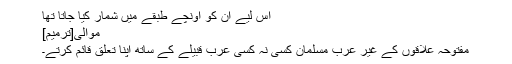
اس لیے ان کو اونچے طبقے میں شمار کیا جاتا تھا
موالی[ترمیم]
مفتوحہ علاقوں کے غیر عرب مسلمان کسی نہ کسی عرب قبیلے کے ساتھ اپنا تعلق قائم کرتے۔